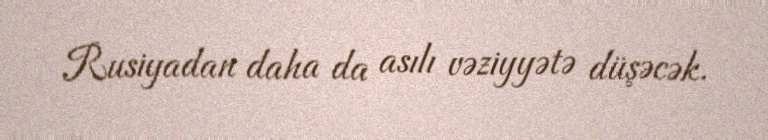
Rusiyadan daha da asılı vəziyyətə düşəcək.